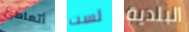
أتعاطى لست البلدية